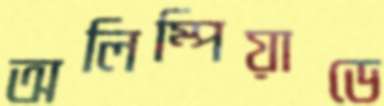
অলিম্পিয়াডে